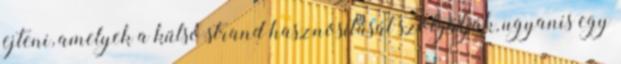
ejteni, amelyek a külső strand hasznosítását szolgálják, ugyanis egy